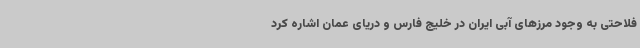
فلاحتی به وجود مرزهای آبی ایران در خلیج فارس و دریای عمان اشاره کرد